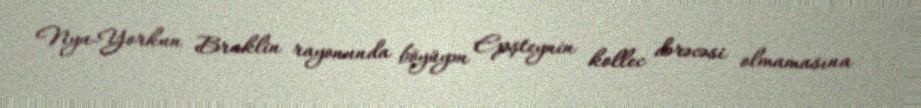
Nyu-Yorkun Bruklin rayonunda böyüyən Epşteynin kollec dərəcəsi olmamasına